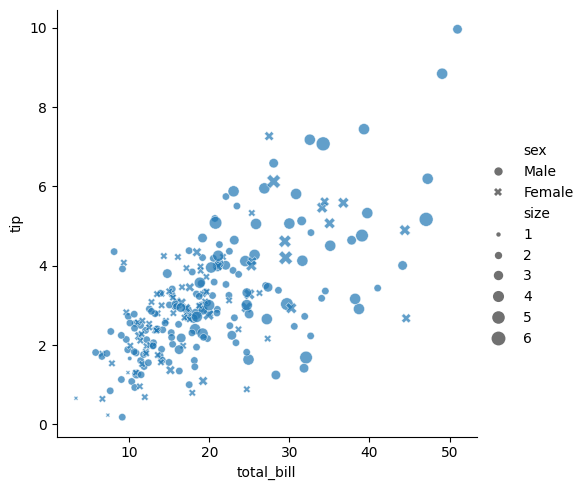
python, seaborn, relplot, alpha=0.7